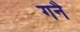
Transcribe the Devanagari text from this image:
गनै